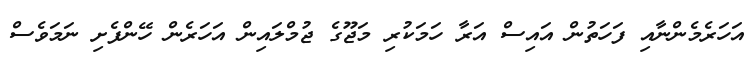
އަހަރެމެންނާއި ފަހަތުން އައިސް އަރާ ހަމަކުރި މަޖޫގެ ޖުމްލައިން އަހަރެން ހޭންފެށި ނަމަވެސް